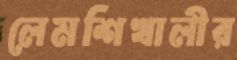
লেমশিখালীর